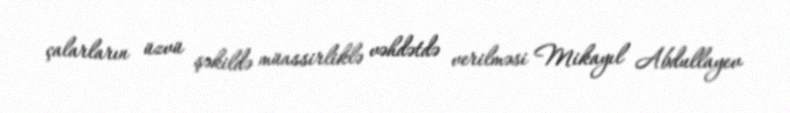
çalarların üzvü şəkildə müassirliklə vəhdətdə verilməsi Mikayıl Abdullayev